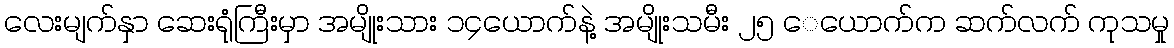
လေးမျက်နှာ ဆေးရုံကြီးမှာ အမျိုးသား ၁၄ယောက်နဲ့ အမျိုးသမီး ၂၅ ေယောက်က ဆက်လက် ကုသမှု